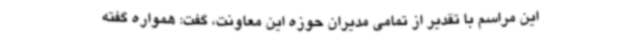
این مراسم با تقدیر از تمامی مدیران حوزه این معاونت، گفت: همواره گفته